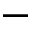
-